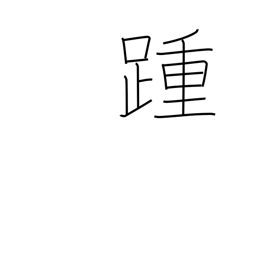
Meaning: heel